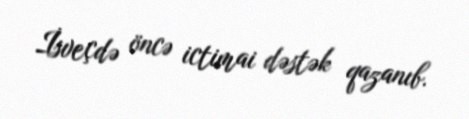
İsveçdə öncə ictimai dəstək qazanıb.